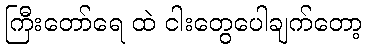
ကြီးတော်ရေ ထဲ ငါးတွေပေါချက်တော့